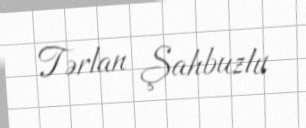
Tərlan Şahbuzlu